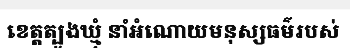
ខេត្តត្បូងឃ្មុំ នាំអំណោយមនុស្សធម៌របស់